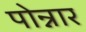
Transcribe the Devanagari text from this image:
पोन्नार